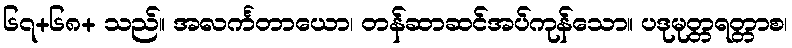
၆၇+၆၈+ သည်။ အလင်္ကတာယော၊ တန်ဆာဆင်အပ်ကုန်သော။ ပဒုမုတ္တရတ္တာစ၊